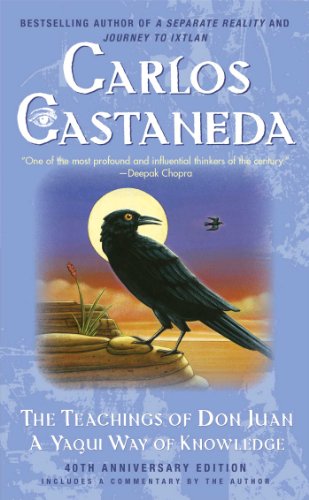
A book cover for The Teachings of Don Juan: A Yaqui Way of Knowledge; Carlos Castaneda; Religion & Spirituality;